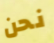
نحن